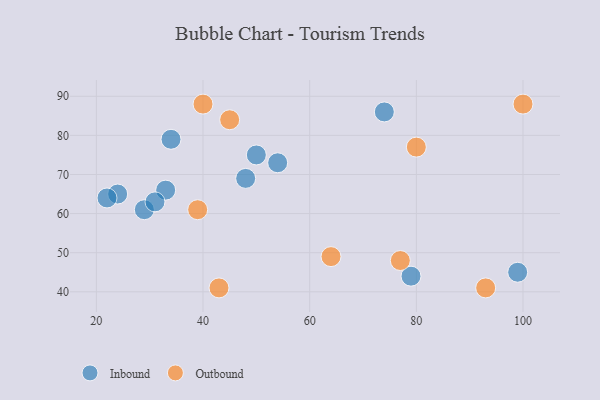
{"axis": {"x": "GDP", "y": "Life Expectancy"}, "legend": ["Inbound", "Outbound"], "data": [{"x": "54", "y": 73, "type": "Inbound"}, {"x": "74", "y": 86, "type": "Inbound"}, {"x": "24", "y": 65, "type": "Inbound"}, {"x": "48", "y": 69, "type": "Inbound"}, {"x": "33", "y": 66, "type": "Inbound"}, {"x": "99", "y": 45, "type": "Inbound"}, {"x": "79", "y": 44, "type": "Inbound"}, {"x": "29", "y": 61, "type": "Inbound"}, {"x": "31", "y": 63, "type": "Inbound"}, {"x": "22", "y": 64, "type": "Inbound"}, {"x": "34", "y": 79, "type": "Inbound"}, {"x": "50", "y": 75, "type": "Inbound"}, {"x": "100", "y": 88, "type": "Outbound"}, {"x": "39", "y": 61, "type": "Outbound"}, {"x": "64", "y": 49, "type": "Outbound"}, {"x": "45", "y": 84, "type": "Outbound"}, {"x": "93", "y": 41, "type": "Outbound"}, {"x": "40", "y": 88, "type": "Outbound"}, {"x": "43", "y": 41, "type": "Outbound"}, {"x": "77", "y": 48, "type": "Outbound"}, {"x": "80", "y": 77, "type": "Outbound"}]}